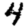
Digit: 4